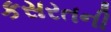
કસરતની